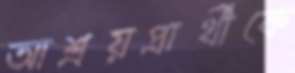
আশ্রয়প্রার্থীকে